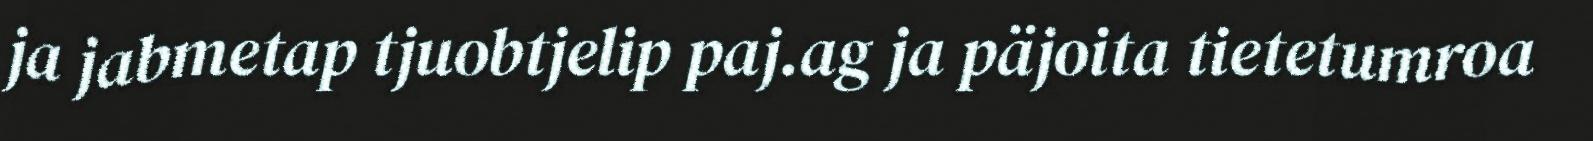
ja jabmetap tjuobtjelip paj.ag ja päjoita tietetumroa